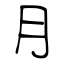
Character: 月